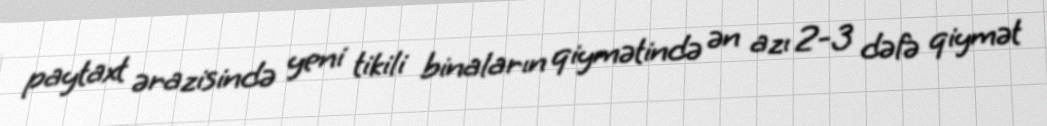
paytaxt ərazisində yeni tikili binaların qiymətində ən azı 2-3 dəfə qiymət